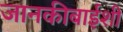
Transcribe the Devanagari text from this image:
जानकीबाईशी